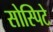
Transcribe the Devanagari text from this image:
सोस्पिटे